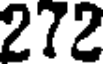
272